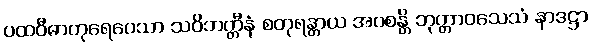
ပထဝီဓာတုရေဝေသာ သဝိဘတ္တီနံ စတုရန္တာယ အဝစန္တိ ဘုတ္တာဝသေသံ နာဒဋ္ဌာ